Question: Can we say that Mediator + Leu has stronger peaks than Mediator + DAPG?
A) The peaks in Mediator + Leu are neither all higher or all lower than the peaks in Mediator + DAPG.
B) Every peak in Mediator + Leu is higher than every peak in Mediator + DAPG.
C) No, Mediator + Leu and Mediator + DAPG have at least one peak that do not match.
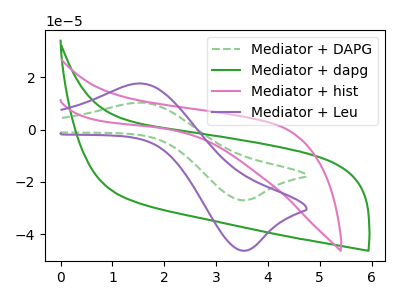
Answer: <think>The green dashed curve "Mediator + DAPG" has an anodic peak at (1.55V, 10.30uA) and a cathodic peak at (3.60V, -27.05uA). The green curve "Mediator + dapg" has no peaks. The pink curve "Mediator + hist" has no peaks. The purple curve "Mediator + Leu" has an anodic peak at (1.55V, 17.60uA) and a cathodic peak at (3.60V, -46.30uA).</think>
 <answer>B) Every peak in "Mediator + Leu" is higher than every peak in "Mediator + DAPG".</answer>
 <eval>B</eval>